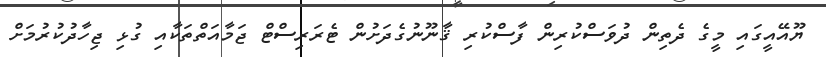
ޔޫއޭއީގައި މީގެ ދެތިން ދުވަސްކުރިން ފާސްކުރި ޤާނޫނުގެދަށުން ޓެރަރިސްޓް ޖަމާއަތްތަކާއި ގުޅި ޖިހާދުކުރުމަށް